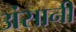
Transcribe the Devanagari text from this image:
अंसानी